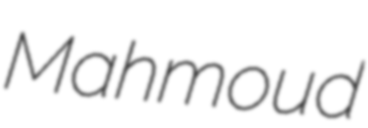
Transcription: Mahmoud